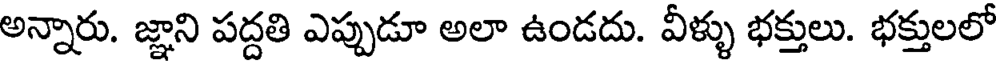
అన్నారు. జ్ఞాని పద్దతి ఎప్పుడూ అలా ఉండదు. వీళ్ళు భక్తులు. భక్తులలో